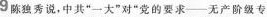
9陈独秀说，中共”一大”对”党的要求--无产阶级专